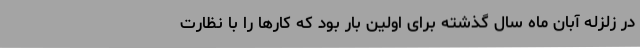
در زلزله آبان ماه سال گذشته برای اولین بار بود که کارها را با نظارت